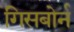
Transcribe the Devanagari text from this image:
गिसबोर्न